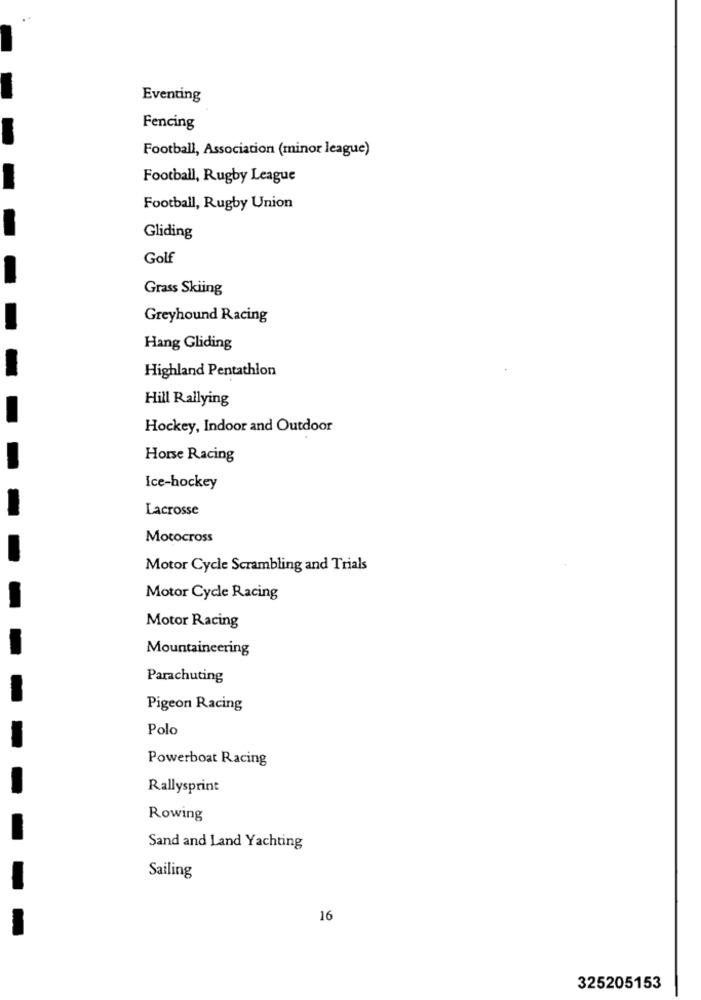
Eventing
Fencing
Football, Association (minor league)
Football, Rugby League
Football, Rugby Union
Gliding
Golf
Grass Skiing
Greyhound Racing
Hang Gliding
Highland Pentathlon
Hill Rallying
Hockey, Indoor and Outdoor
Horse Racing
Ice-hockey
Lacrosse
Motocross
Motor Cycle Scrambling and Trials
Motor Cycle Racing
Motor Racing
Mountaineering
Parachuting
Pigeon Racing
Polo
Powerboat Racing
Rallysprint
Rowing
Sand and Land Yachting
Sailing
16
325205153